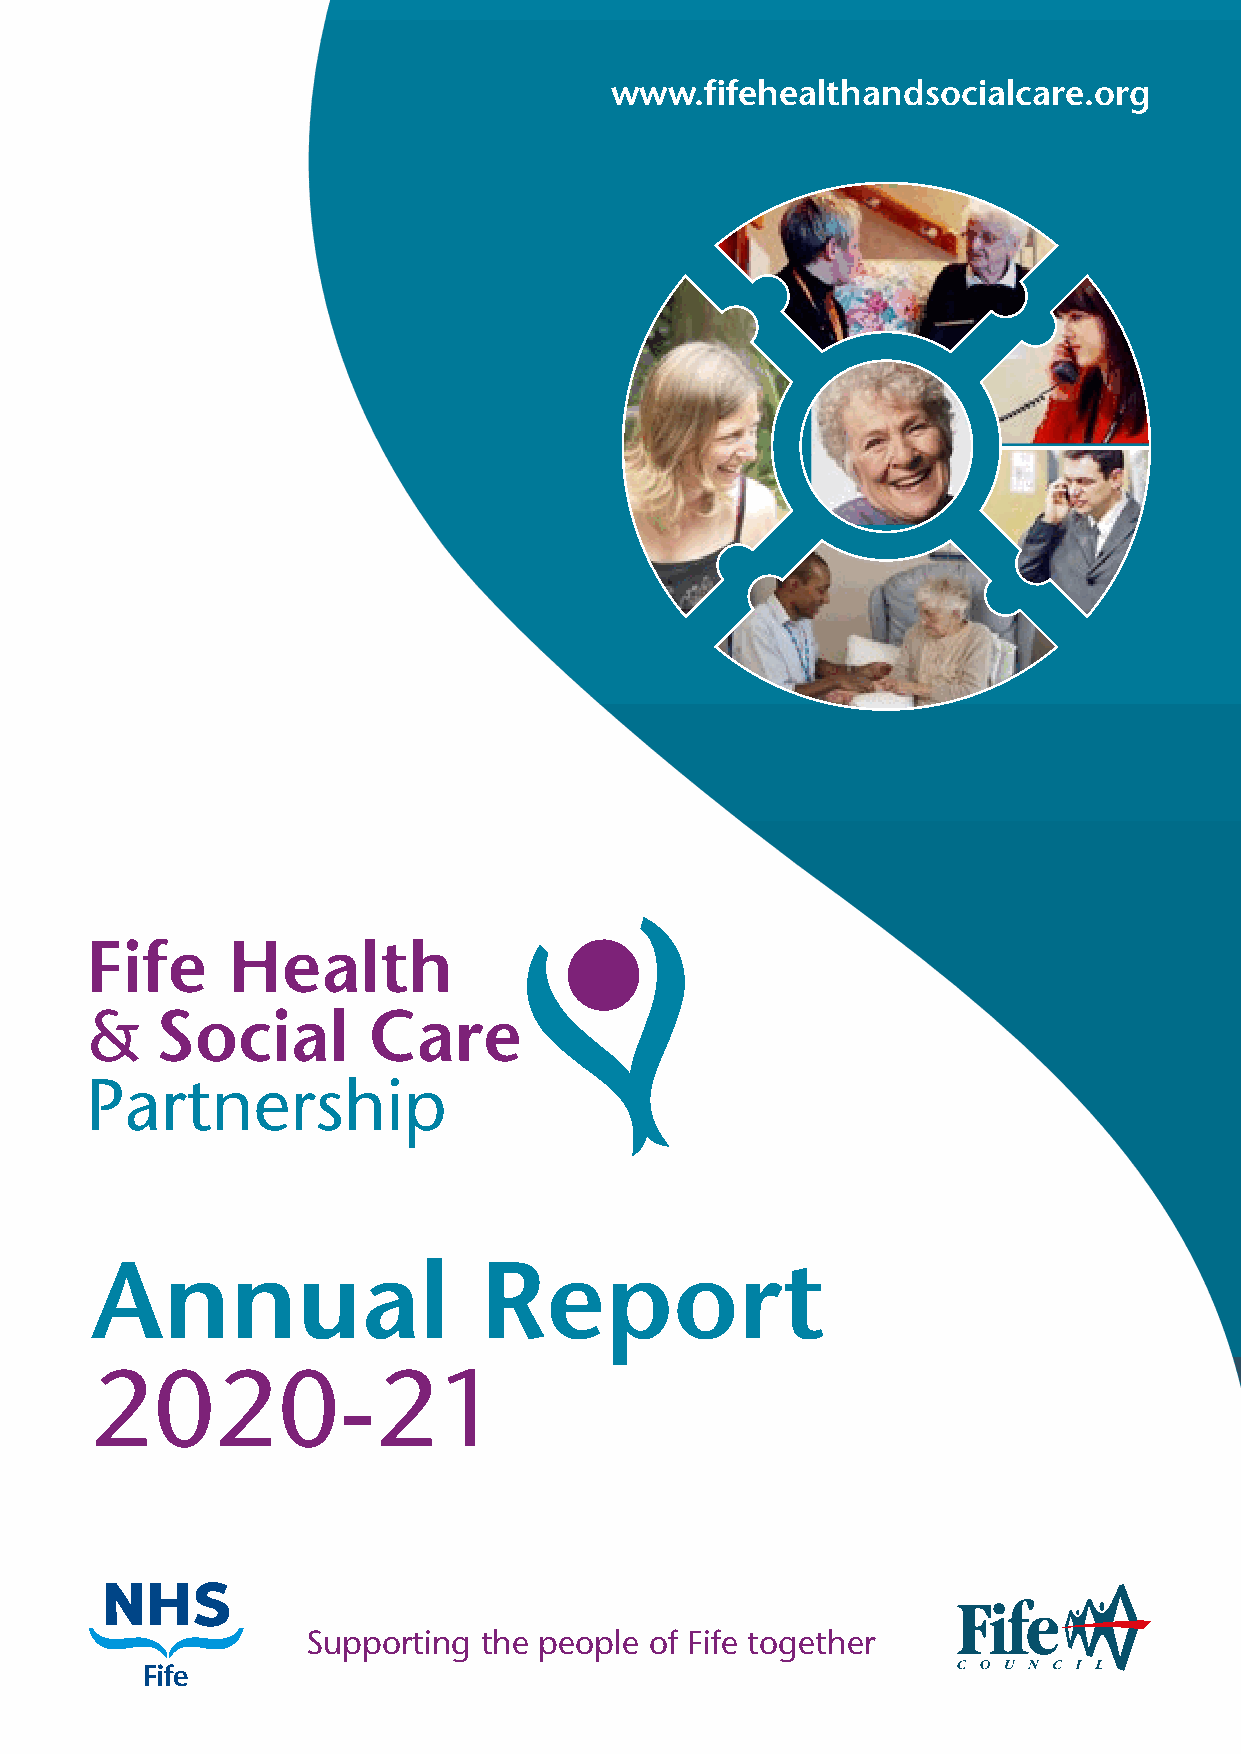
www.fifehealthandsocialcare.org
 Annual                    Report
 2020-21
 Supporting  the people of Fife together